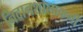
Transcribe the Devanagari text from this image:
निदानशालाकर्मी